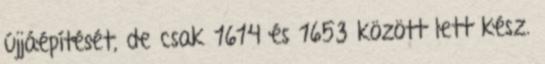
újjáépítését, de csak 1614 és 1653 között lett kész.